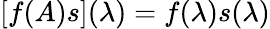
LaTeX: [f(A)s](\lambda)=f(\lambda)s(\lambda)